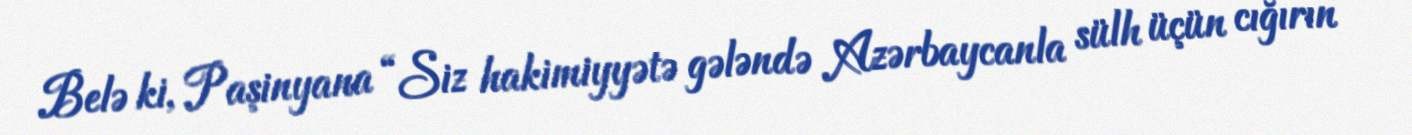
Belə ki, Paşinyana “Siz hakimiyyətə gələndə Azərbaycanla sülh üçün cığırın